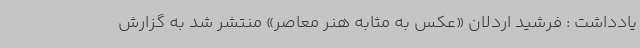
یادداشت : فرشید اردلان «عکس به مثابه هنر معاصر» منتشر شد به گزارش